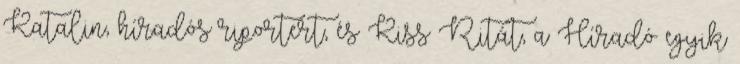
Katalin, híradós riportert, és Kiss Ritát, a Híradó egyik